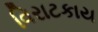
વિરાટકાય